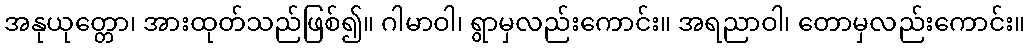
အနုယုတ္တော၊ အားထုတ်သည်ဖြစ်၍။ ဂါမာဝါ၊ ရွာမှလည်းကောင်း။ အရညာဝါ၊ တောမှလည်းကောင်း။